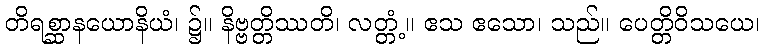
တိရစ္ဆာနယောနိယံ၊ ၌။ နိဗ္ဗတ္တိဿတိ၊ လတ္တံ့။ ဧသ ဧသော၊ သည်။ ပေတ္တိဝိသယေ၊